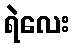
ရဲလေး